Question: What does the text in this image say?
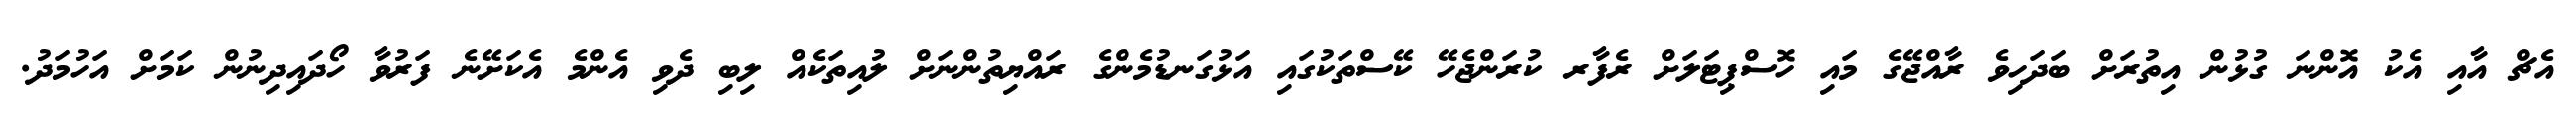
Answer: އެޗް އާއި އެކު އޮންނަ ގުޅުން އިތުރަށް ބަދަހިވެ ރާއްޖޭގެ މައި ހޮސްޕިޓަލަށް ރެފާރ ކުރަންޖެހޭ ކޭސްތަކުގައި އަޅުގަނޑުމެންގެ ރައްޔިތުންނަށް ލުއިތަކެއް ލިބި ދެވި އެންމެ އެކަށޭނެ ފަރުވާ ހޯދައިދިނުން ކަމަށް އަހުމަދު.